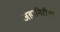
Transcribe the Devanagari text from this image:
जहागिरीवर